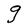
Character: g